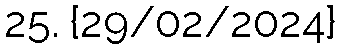
25. {29/02/2024}